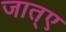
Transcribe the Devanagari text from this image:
जात्ए